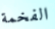
الفخمة